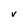
Character: v